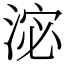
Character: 淧